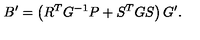
B ^ { \prime } = \left( R ^ { T } G ^ { - 1 } P + S ^ { T } G S \right) G ^ { \prime } .